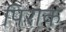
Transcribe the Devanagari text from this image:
पिराक